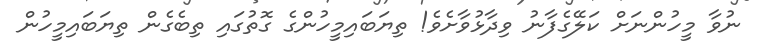
ނުވާ މީހުންނަށް ކަލޭގެފާނު ވިދާޅުވާށެވެ! ތިޔަބައިމީހުންގެ ގޮތުގައި ތިބެގެން ތިޔަބައިމީހުން